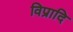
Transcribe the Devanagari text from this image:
विप्रादि